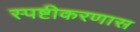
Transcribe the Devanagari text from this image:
स्पष्टीकरणास